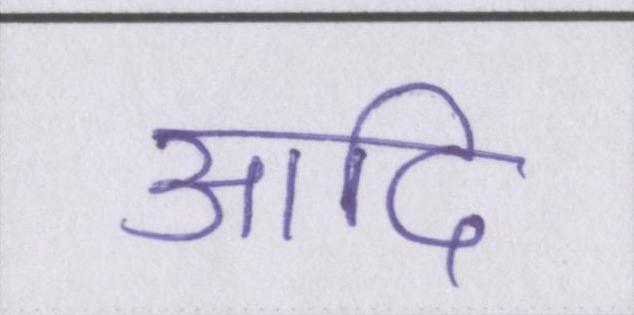
आदि